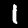
Label: 1